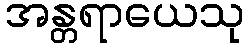
အန္တရာယေသု